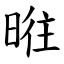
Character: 暀